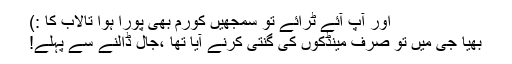
اور آپ آئے ٹرائے تو سمجھیں کورم بھی پورا ہوا تالاب کا :)
بھیا جی میں تو صرف مینڈکوں کی گنتی کرنے آیا تھا ،جال ڈالنے سے پہلے!